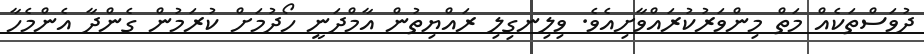
ދުވަސްތަކެއް މަތް މިންވަރުކުރައްވާށިއެވެ. ވިލިނގިލި ރައްޔިތުން އާމްދަނީ ހޯދުމަށް ކުރަމުން ގެންދާ އެންމެހާ